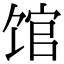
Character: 馆